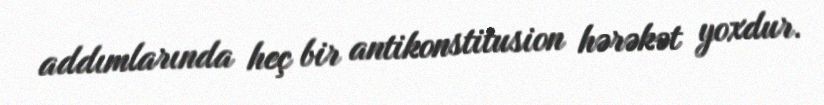
addımlarında heç bir antikonstitusion hərəkət yoxdur.